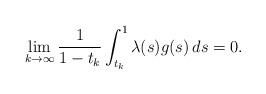
LaTeX: \begin{align*}\lim_{k\to\infty}\frac{1}{1-t_k}\int_{t_k}^1\lambda(s)g(s)\,ds=0.\end{align*}